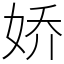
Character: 娇